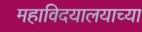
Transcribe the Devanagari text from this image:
महाविदयालयाच्या